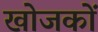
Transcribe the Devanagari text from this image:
खोजकों